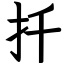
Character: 扦